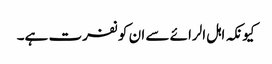
کیونکہ اہل الرائے سے ان کو نفرت ہے۔